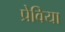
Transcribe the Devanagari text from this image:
प्रेविया